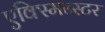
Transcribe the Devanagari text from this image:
एक्स्मिन्स्टर